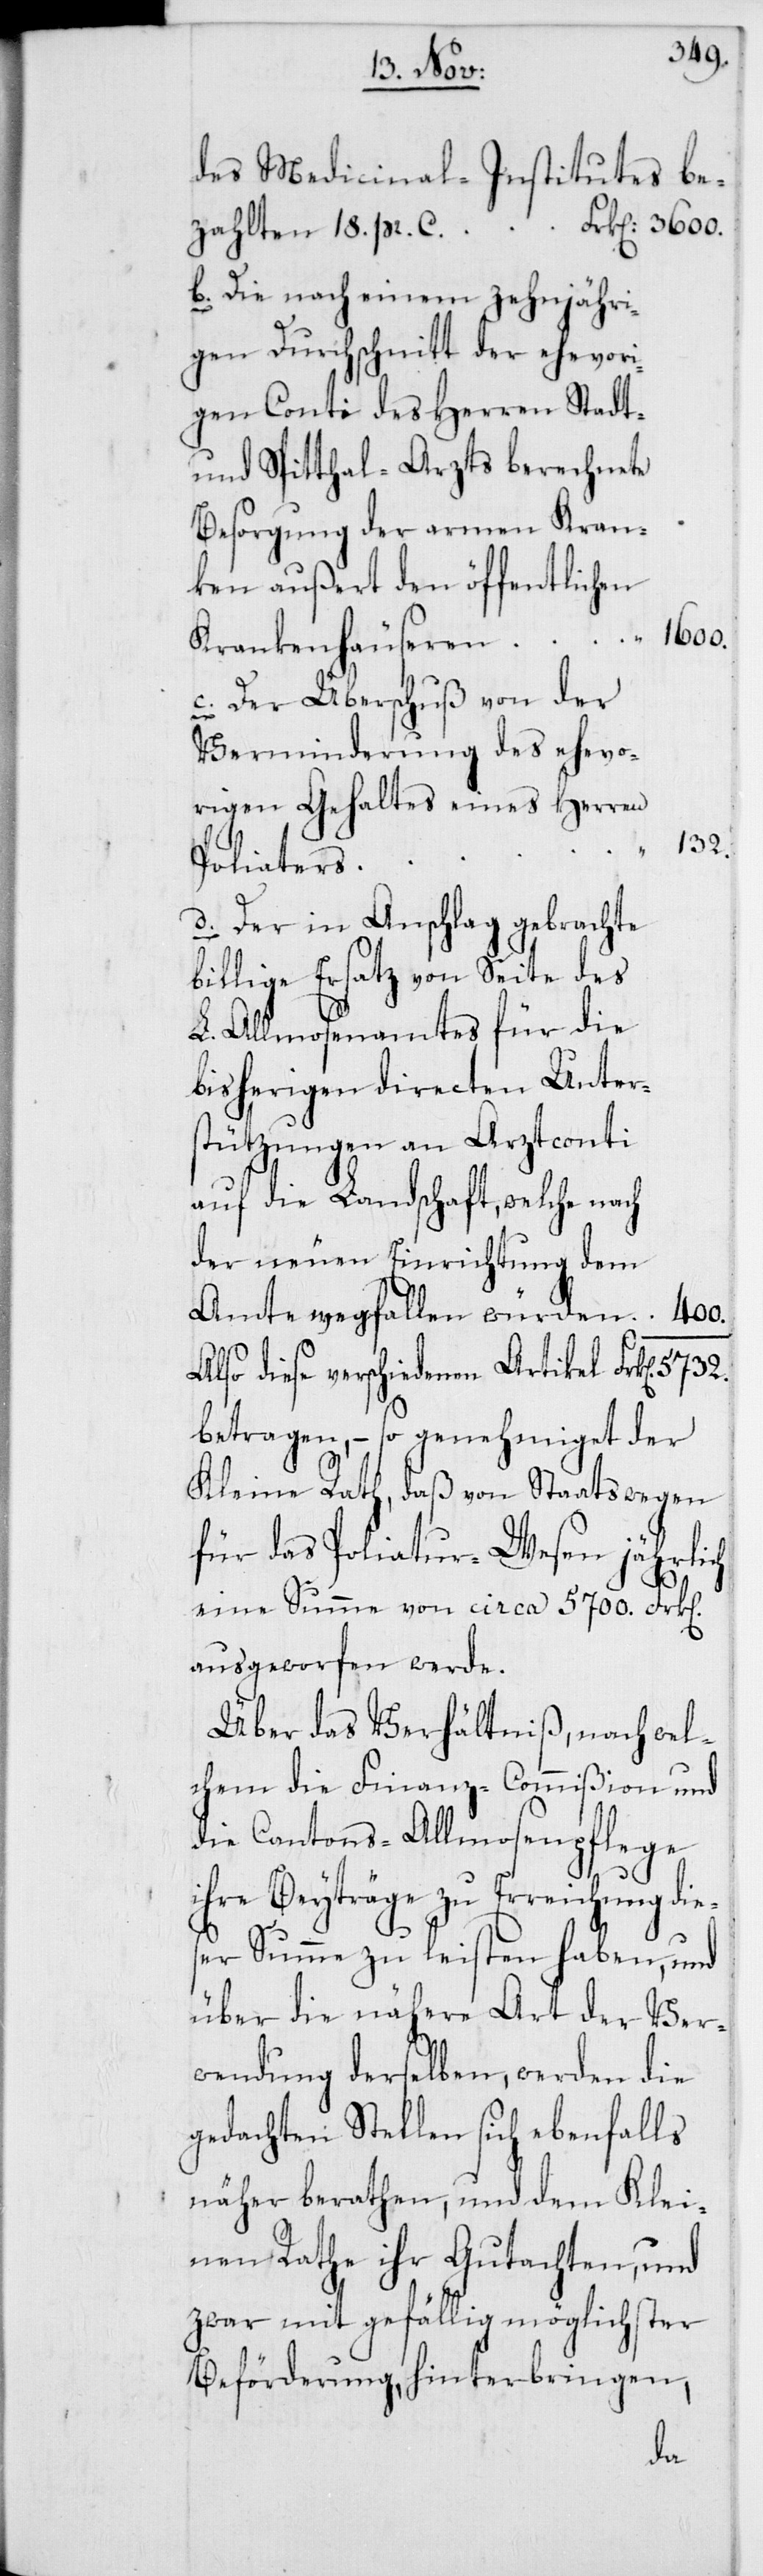
18. pr.
des Medicinal-Institutes bez¬
b. Die nach einem zehnjähri¬
gen Durchschnitt der ehevori¬
gen Conti des Herren Stadt-
und Spitthal-Arzts berechnete
Besorgung der armen Kran¬
ken außert den öffentlichen
c. Der Überschuß von der
ahlten
Verminderung des ehevo¬
rigen Gehaltes eines Herren
132.
Poliaters
d. Der in Anschlag gebrachte
billige Ersatz von Seite des
L. Allmosenamtes für die
bisherigen directen Unters¬
tützungen an Arztconti
auf die Landschaft, welche nach
der neuen Einrichtung dem
Amte wegfallen würden
Also diese verschiedenen Artikel
betragen, – so genehmiget der
Kleine Rath, daß von Staatswegen
für das Poliatur-Wesen jährlich
eine Summe von circa 5700. Frk[en]
ausgeworfen werde.
Über das Verhältniß, nach wel¬
chem die Finanz-Commißion und
die Cantons-Allmosenpflege
ihre Beyträge zu Erreichung die¬
ser Summe zu leisten haben, und
über die nähere Art der Ver¬
wendung derselben, werden die
gedachten Stellen sich ebenfalls
näher berathen, und dem Klei¬
nen Rathe ihr Gutachten, und
zwar mit gefällig möglichster
Beförderung, hinterbringen,